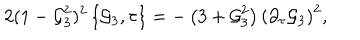
2 ( 1 - { \cal G } _ { 3 } ^ { 2 } ) ^ { 2 } \left\{ { \cal G } _ { 3 } , \tau \right\} = - \left( 3 + { \cal G } _ { 3 } ^ { 2 } \right) \left( \partial _ { \tau } { \cal G } _ { 3 } \right) ^ { 2 } ,